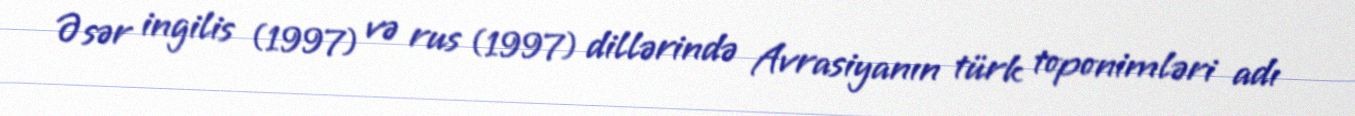
Əsər ingilis (1997) və rus (1997) dillərində Avrasiyanın türk toponimləri adı